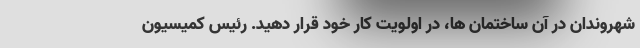
شهروندان در آن ساختمان ها، در اولویت کار خود قرار دهید. رئیس کمیسیون